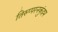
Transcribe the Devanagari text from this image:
तिरुप्परनकुंद्रम